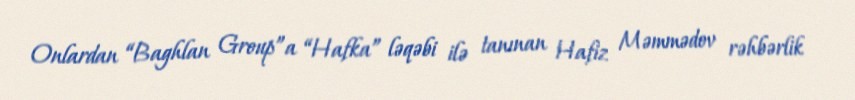
Onlardan “Baghlan Group”a “Hafka” ləqəbi ilə tanınan Hafiz Məmmədov rəhbərlik